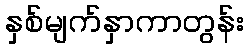
နှစ်မျက်နှာကာတွန်း